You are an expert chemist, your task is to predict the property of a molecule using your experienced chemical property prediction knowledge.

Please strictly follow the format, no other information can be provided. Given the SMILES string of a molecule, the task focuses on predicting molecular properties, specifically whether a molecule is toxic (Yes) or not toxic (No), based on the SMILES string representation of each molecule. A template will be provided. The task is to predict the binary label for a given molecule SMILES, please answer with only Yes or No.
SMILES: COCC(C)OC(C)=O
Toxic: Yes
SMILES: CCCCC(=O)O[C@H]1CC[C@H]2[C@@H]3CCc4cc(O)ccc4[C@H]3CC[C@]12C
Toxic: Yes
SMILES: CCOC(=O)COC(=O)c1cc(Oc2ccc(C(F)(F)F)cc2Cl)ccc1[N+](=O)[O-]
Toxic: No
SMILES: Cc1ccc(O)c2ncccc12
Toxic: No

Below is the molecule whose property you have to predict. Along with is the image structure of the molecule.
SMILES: CCCC(C)C1(CC)C(=O)N=C(O)NC1=O
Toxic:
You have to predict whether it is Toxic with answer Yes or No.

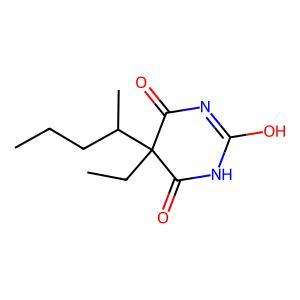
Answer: No